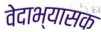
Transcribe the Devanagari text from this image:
वेदाभ्यासक